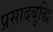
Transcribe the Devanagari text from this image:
प्रसादबुद्धि